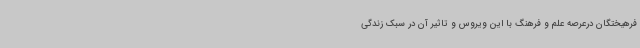
فرهیختگان درعرصه علم و فرهنگ با این ویروس و تاثیر آن در سبک زندگی